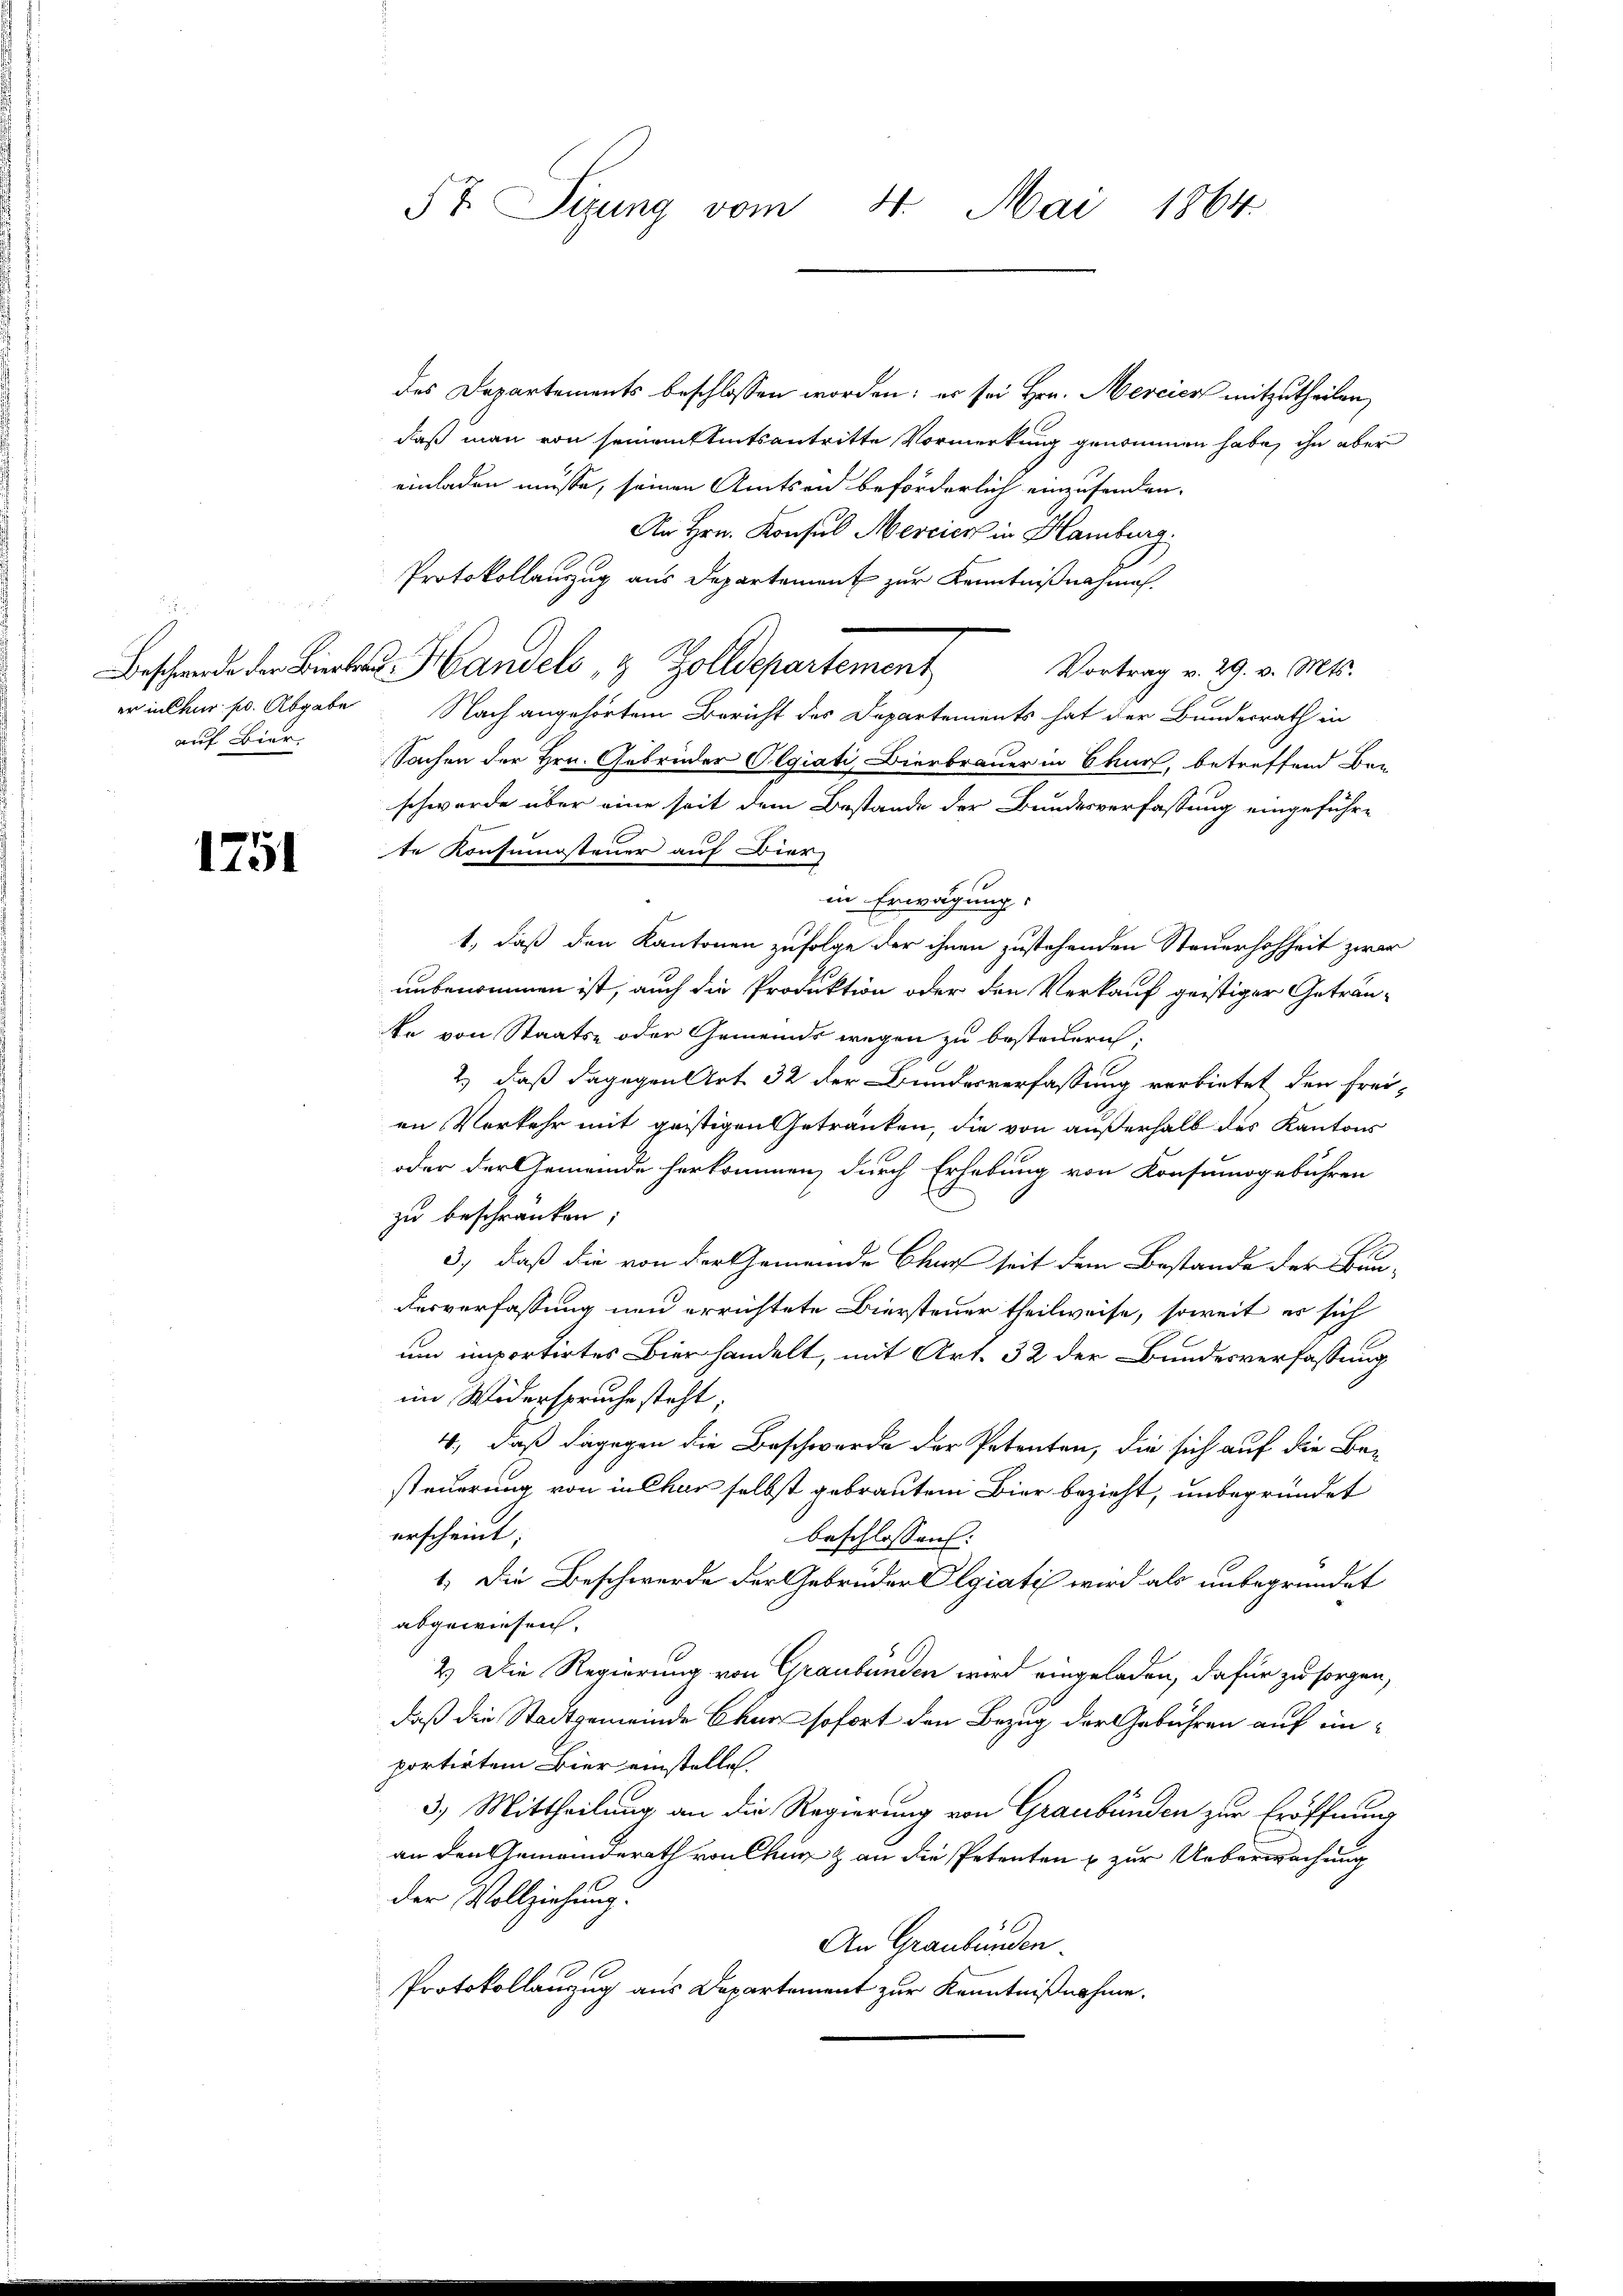
auf Bier.

1751

des Departements beschlossen worden; es sei Hrn. Mercice mitzutheilen,
daß man von seinem tatsantritte Vormerkung genommen habe, ihn aber
einladen müsse, seinen Amtsein beförderlich einzusenden.
An Hrn. Konsul Mercier in Hamburg.
Protokollauszug aus Departement zur Kenntnißnahmen.
Beschwerde der Bierbes Handels- & Zolldepartement
Vortrag v. 29. v. Mts.
er in Chur pr. Abgabe Nach angehörtem Bericht des Departements hat der Bundesrath in
Sachen der Hrn. Gebrüder Olgiati, Bierbrauer in Chur, betreffend Be-
schwerde über eine seit dem Bestande der Bundesverfassung eingeführte Konsumsteuer auf Dier
so
in Erwägung
1., daß den Kantonen zufolge der ihnen zustehenden Steuerhohheit zwar
unbenommen ist, auch die Produktion oder den Verkauf geistiger Getränke von Staats- oder Gemeinde wegen zu besteuern:
2.) daß dagegen Art. 32 der Bundesverfassung verbietet den Freien Vorkehr mit geistigen Getränken, die von außerhalb des Kantons
oder der Gemeinde herkommen, durch Erhebung von Konsumogebühren
zu beschränken;
3.) daß die von der Gemeinde Chur seit dem Bestande der Bun-
desverfassung nun errichtete Biersteuer theilweise, soweit es sich
um importirtes Bier handelt, mit Art. 32 der Bundesverfassung
im Widerspruche steht;
4., daß dagegen die Beschwerde der Petenten, die sich auf die Be-
steuerung von in Chur selbst gebrautem Bier bezieht, unbegründet
erscheint;
beschlossen:
1.) Die Beschwerde der Gebrüder Olgiatis wird als unbegründet
abgewiesen.
2.) Die Regierung von Graubünden wird eingeladen, dafür zu sorgen,
daß die Stadtgemeinde Chur sofort den Bezug der Gebühren auf unportirtem Bier einstellen.
3.) Mittheilung an die Regierung von Graubünden zur Eröffnung
an den Gemeinderath von Chur & an die Petenten & zur Ueberwachung
der Vollziehung.
An Graubünden.
Protokollanzug aus Departement zur Kenntnißnahme.

5t Sizung vom 4. Mai 1864.